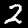
Digit: 2